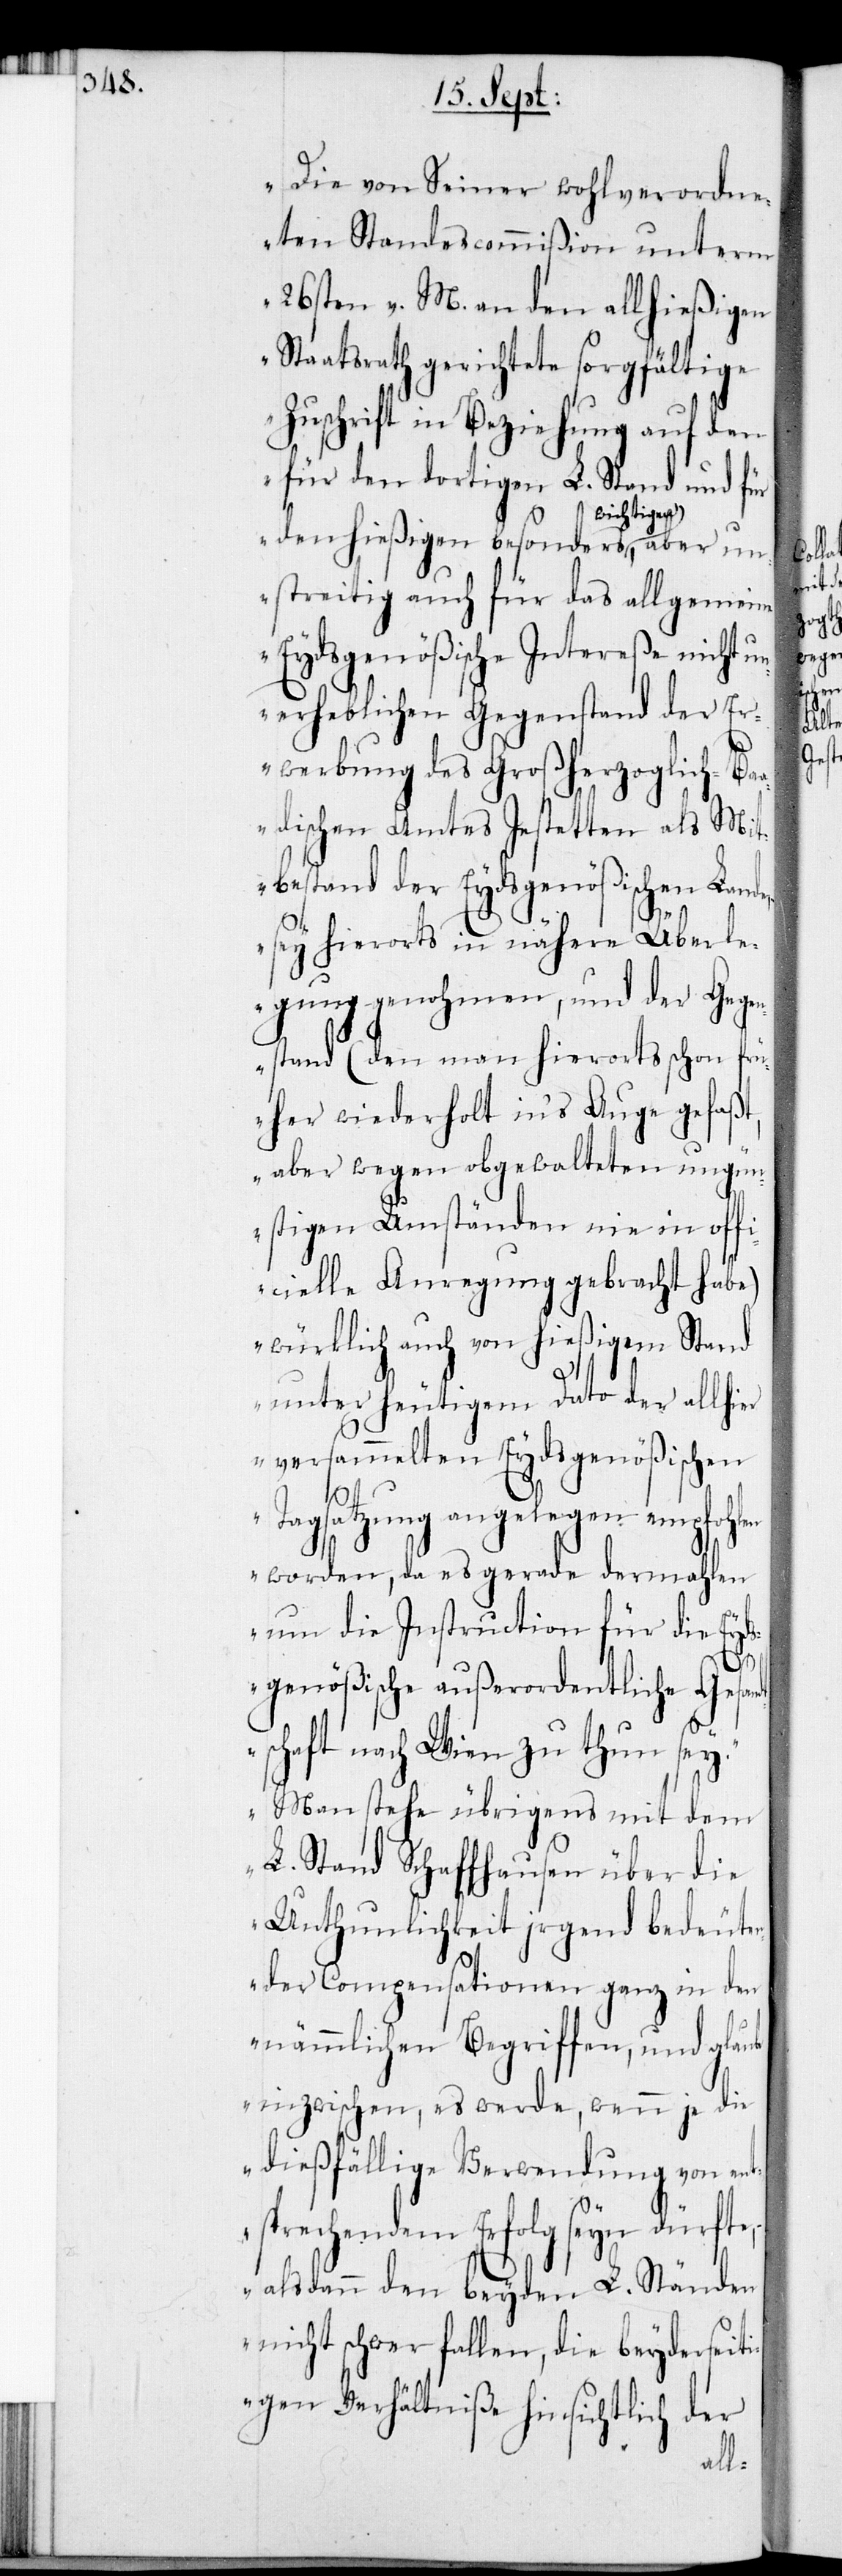
Die von Seiner wohlverordne¬
ten Standescommißion unterm
26sten v. M. an den allhießigen
Staatsrath gerichtete sorgfältige
Zuschrift in Beziehung auf den
für dortigen L. Stand und für
wichtigen,
unstreitig auch für das allgemeine
Eydsgenößische Intereße nicht u¬
nerheblichen Gegenstand der Er¬
werbung des Großherzoglich-Ba¬
adischen Amtes Jestetten als Mit¬
bestand der Eydsgenößische Land¬
dt¬
– sey hierorts in nähere Überle¬
gung genohmen, und der Gegen¬
stand (den man hierorts schon frü¬
her wiederholt in’s Auge gefaßt,
aber wegen obgewalteten ungün¬
stigen Umständen nie in offi¬
cielle Anregung gebracht habe)
würklich auch von hießigem Stand
unter heutigem Dato der allhi¬
versammelten Eydsgenößischen
Tagsatzung angelgen empfohlen
worden, da es gerade dermahlen
um die Instruction für die Eyd¬
sgenößische außerordentliche Gesan¬
schaft nach Wien zu thun sey.
Man stehe übrigens mit dem
L. Stand Schaffhausen über die
Unthunlichkeit jrgend bedeuten¬
der Compensationen ganz in den
nämmlichen Begriffen, und glaube
inzwischen, es werde, wenn je die
dießfällige Verwendung von en¬
tsprechendem Erfolg seyn dürfte,
– als dann den beyden L. Ständen
nicht schwer fallen, die beyderseit¬
igen Verhältniße hinsichtlich der